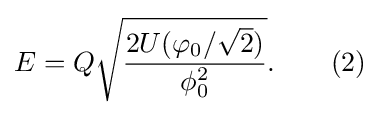
E=Q{\sqrt {\frac {2U(\varphi _{0}/{\sqrt {2}})}{\phi _{0}^{2}}}}.\,\,\,\,\,\,\,\,\,\,\,\,(2)